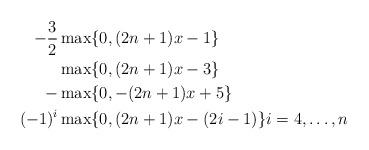
LaTeX: \begin{align*} -\frac{3}{2}&\max\{0,(2n+1)x-1\} \\ &\max\{0,(2n+1)x-3\} \\ -&\max\{0,-(2n+1)x+5\} \\ (-1)^i&\max\{0,(2n+1)x-(2i-1)\} i=4,\dots,n\end{align*}